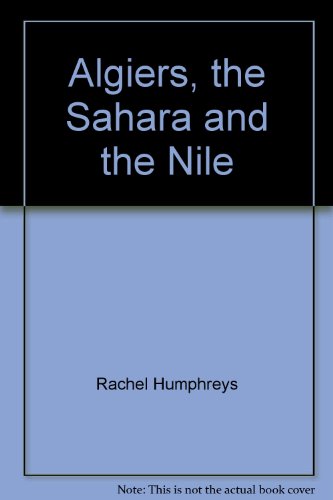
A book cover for Algiers, the Sahara and the Nile; Rachel Humphreys; Travel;